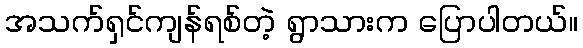
အသက်ရှင်ကျန်ရစ်တဲ့ ရွာသားက ပြောပါတယ်။